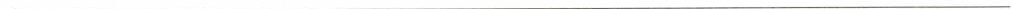
___